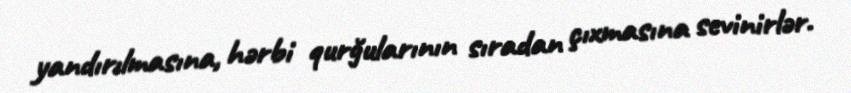
yandırılmasına, hərbi qurğularının sıradan çıxmasına sevinirlər.